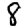
Digit: 8